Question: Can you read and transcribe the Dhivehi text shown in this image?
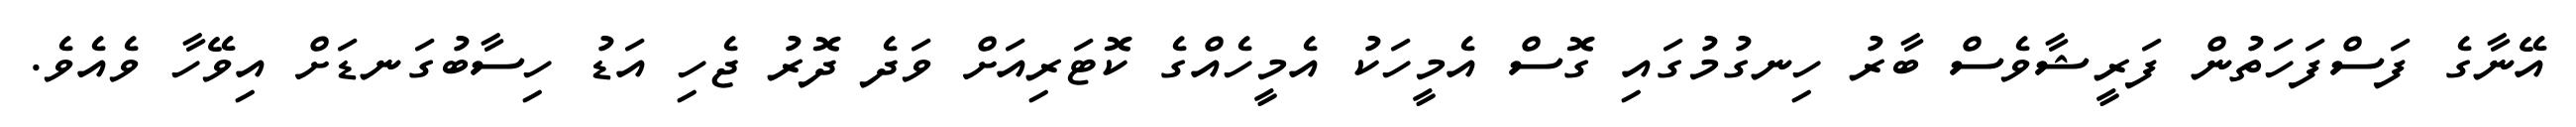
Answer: އޭނާގެ ފަސްފަހަތުން ފަރީޝާވެސް ބާރު ހިނގުމުގައި ގޮސް އެމީހަކު އެމީހެއްގެ ކޮޓަރިއަށް ވަދެ ދޮރު ޖެހި އަޑު ހިސާބުގަނޑަށް އިވޭހާ ވެއެވެ.